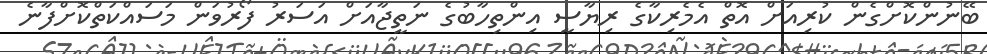
ބޭނުންކޮށްގެން ކުރިއަށް އޮތް އެމެރިކާގެ ރިޔާސީ އިންތިހާބުގެ ނަތީޖާއަށް އަސަރު ފޯރުވަން މަސައްކަތްކޮށްފާނެ